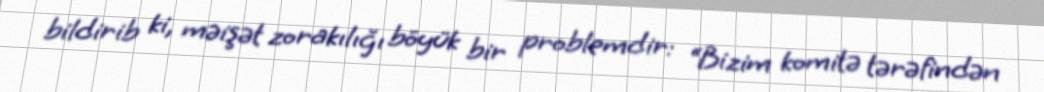
bildirib ki, məişət zorakılığı böyük bir problemdir: “Bizim komitə tərəfindən